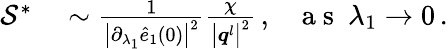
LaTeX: \begin{array}{rl}{\mathcal{S}^{*}}&{{}\sim\frac{1}{\big\vert\partial_{\lambda_{1}}\hat{e}_{1}(0)\big\vert^{2}}\frac{\chi}{\big\vert\boldsymbol{q}^{l}\big\vert^{2}}\, ,~~~\mathrm{~a~s~}~\lambda_{1}\rightarrow 0\, .}\end{array}